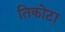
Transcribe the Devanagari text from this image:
तिकोटा